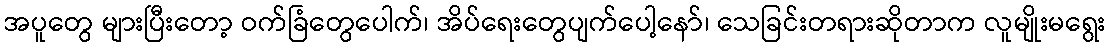
အပူတွေ များပြီးတော့ ဝက်ခြံတွေပေါက်၊ အိပ်ရေးတွေပျက်ပေါ့နော်၊ သေခြင်းတရားဆိုတာက လူမျိုးမရွေး